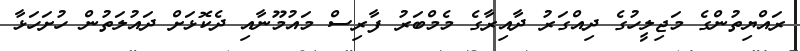
ރައްޔިތުންގެ މަޖިލީހުގެ ދިއްގަރު ދާއިރާގެ މެމްބަރު ފާރިސް މައުމޫނާއި ދެކޮޅަށް ދައުލަތުން ހުށަހަޅާ